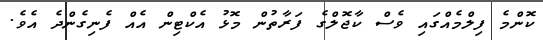
ކޮންމެ ފިލްމެއްގައި ވެސް ކާޖޮލްގެ ފަރާތުން މޮޅު އެކްޓިން އެއް ފެނިގެންދެ އެވެ.